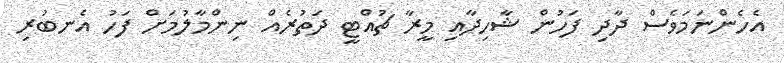
އެހެންނަމަވެސް ދާދި ފަހުން ޝާހިދާއި މީރާ ޗުއްޓީ ދަތުރެއް ނިންމާލުމަށް ފަހު އެނބުރި